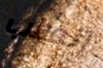
إنقلب